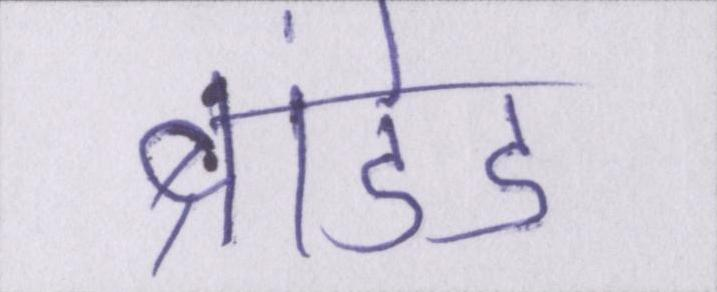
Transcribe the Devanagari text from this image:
ब्रांडेड